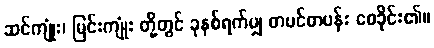
ဆင်ကျုံး၊ မြင်းကျုံး တို့တွင် ခုနစ်ရက်မျှ တပင်တပန်း စေခိုင်း၏။